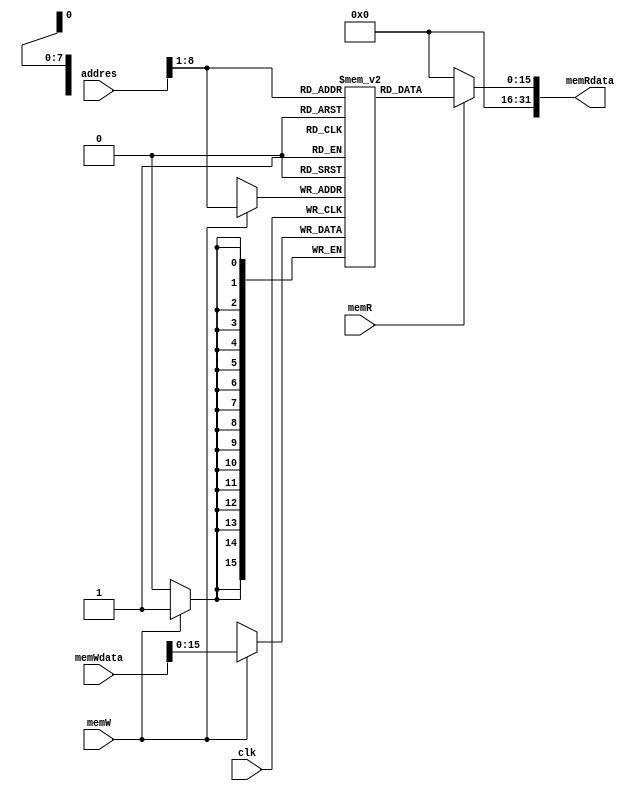
 module data_memory  
 (  memRdata, clk,addres,  memWdata,memW,memR );  
        output [31:0] memRdata;
        input clk;
        input [31:0] addres;
        input [31:0] memWdata;
        input memR;
        input memW;
        
      integer i;  
      reg [15:0] ram [255:0];  
      wire [7 : 0] ram_addr = addres[8 : 1];  
      initial begin  
           for(i=0;i<256;i=i+1)  
                ram[i] <= 16'd0;  
      end  
      always @(posedge clk) begin  
           if (memW)  
                ram[ram_addr] <= memWdata;  
      end  
      assign memRdata = (memR==1'b1) ? ram[ram_addr]: 16'd0;   
 endmodule